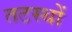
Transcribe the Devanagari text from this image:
तटस्थों